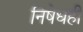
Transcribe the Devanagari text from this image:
निषेधही